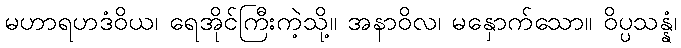
မဟာရဟဒံဝိယ၊ ရေအိုင်ကြီးကဲ့သို့။ အနာဝိလ၊ မနှောက်သော။ ဝိပ္ပသန္နံ၊